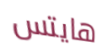
هايتس